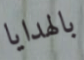
بالهدايا